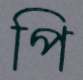
পি